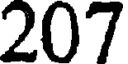
207